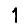
Digit: 1